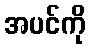
အပင်ကို